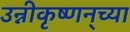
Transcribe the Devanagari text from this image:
उन्नीकृष्णन्‌च्या